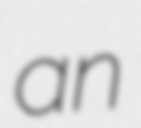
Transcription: an